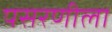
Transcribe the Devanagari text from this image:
पसरणीला